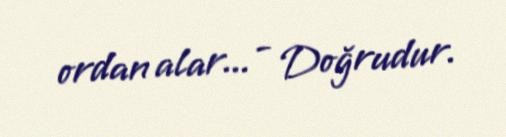
ordan alar... - Doğrudur.